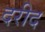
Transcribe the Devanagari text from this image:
दरीद